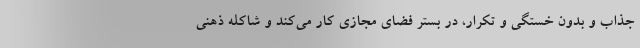
جذاب و بدون خستگی و تکرار، در بستر فضای مجازی کار می‌کند و شاکله ذهنی